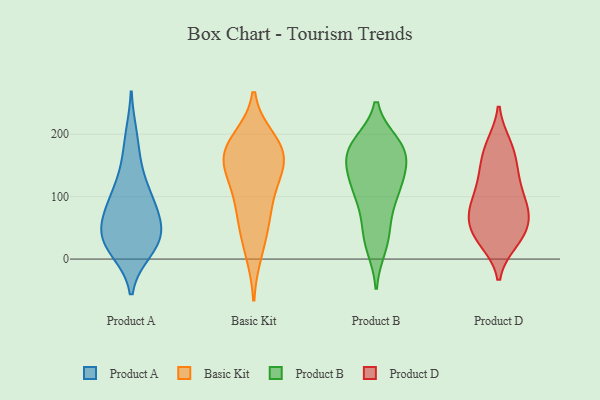
{"axis": {"x": "Demand Index", "y": "Value"}, "legend": ["Basic Kit", "Product A", "Product B", "Product D"], "data": [{"x": "", "y": 25, "type": "Product A"}, {"x": "", "y": 198, "type": "Product A"}, {"x": "", "y": 113, "type": "Product A"}, {"x": "", "y": 47, "type": "Product A"}, {"x": "", "y": 25, "type": "Product A"}, {"x": "", "y": 63, "type": "Product A"}, {"x": "", "y": 79, "type": "Product A"}, {"x": "", "y": 14, "type": "Product A"}, {"x": "", "y": 106, "type": "Product A"}, {"x": "", "y": 25, "type": "Product A"}, {"x": "", "y": 154, "type": "Product A"}, {"x": "", "y": 43, "type": "Product A"}, {"x": "", "y": 81, "type": "Product A"}, {"x": "", "y": 11, "type": "Basic Kit"}, {"x": "", "y": 68, "type": "Basic Kit"}, {"x": "", "y": 54, "type": "Basic Kit"}, {"x": "", "y": 177, "type": "Basic Kit"}, {"x": "", "y": 177, "type": "Basic Kit"}, {"x": "", "y": 102, "type": "Basic Kit"}, {"x": "", "y": 165, "type": "Basic Kit"}, {"x": "", "y": 190, "type": "Basic Kit"}, {"x": "", "y": 150, "type": "Basic Kit"}, {"x": "", "y": 122, "type": "Basic Kit"}, {"x": "", "y": 157, "type": "Basic Kit"}, {"x": "", "y": 76, "type": "Product B"}, {"x": "", "y": 176, "type": "Product B"}, {"x": "", "y": 115, "type": "Product B"}, {"x": "", "y": 169, "type": "Product B"}, {"x": "", "y": 20, "type": "Product B"}, {"x": "", "y": 184, "type": "Product B"}, {"x": "", "y": 180, "type": "Product B"}, {"x": "", "y": 179, "type": "Product B"}, {"x": "", "y": 166, "type": "Product B"}, {"x": "", "y": 128, "type": "Product B"}, {"x": "", "y": 45, "type": "Product B"}, {"x": "", "y": 107, "type": "Product B"}, {"x": "", "y": 107, "type": "Product B"}, {"x": "", "y": 159, "type": "Product B"}, {"x": "", "y": 130, "type": "Product B"}, {"x": "", "y": 31, "type": "Product B"}, {"x": "", "y": 35, "type": "Product D"}, {"x": "", "y": 96, "type": "Product D"}, {"x": "", "y": 144, "type": "Product D"}, {"x": "", "y": 119, "type": "Product D"}, {"x": "", "y": 28, "type": "Product D"}, {"x": "", "y": 81, "type": "Product D"}, {"x": "", "y": 28, "type": "Product D"}, {"x": "", "y": 178, "type": "Product D"}, {"x": "", "y": 183, "type": "Product D"}, {"x": "", "y": 141, "type": "Product D"}, {"x": "", "y": 68, "type": "Product D"}, {"x": "", "y": 67, "type": "Product D"}, {"x": "", "y": 89, "type": "Product D"}, {"x": "", "y": 43, "type": "Product D"}, {"x": "", "y": 42, "type": "Product D"}, {"x": "", "y": 86, "type": "Product D"}, {"x": "", "y": 131, "type": "Product D"}, {"x": "", "y": 178, "type": "Product D"}, {"x": "", "y": 65, "type": "Product D"}]}